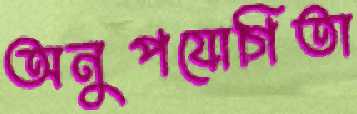
অনুপযোগিতা